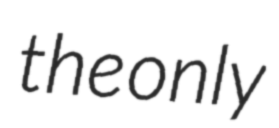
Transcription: the only